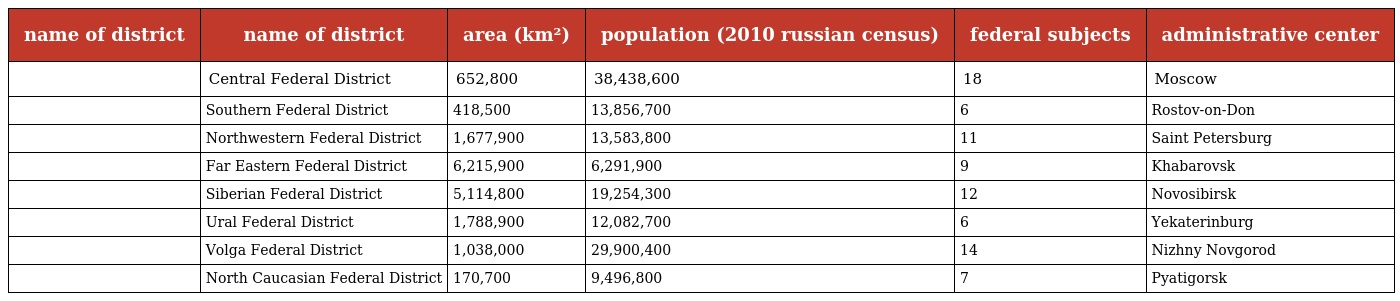
| name of district | name of district | area (km²) | population (2010 russian census) | federal subjects | administrative center |
 | --- | --- | --- | --- | --- | --- |
 |  | Central Federal District | 652,800 | 38,438,600 | 18 | Moscow |
 |  | Southern Federal District | 418,500 | 13,856,700 | 6 | Rostov-on-Don |
 |  | Northwestern Federal District | 1,677,900 | 13,583,800 | 11 | Saint Petersburg |
 |  | Far Eastern Federal District | 6,215,900 | 6,291,900 | 9 | Khabarovsk |
 |  | Siberian Federal District | 5,114,800 | 19,254,300 | 12 | Novosibirsk |
 |  | Ural Federal District | 1,788,900 | 12,082,700 | 6 | Yekaterinburg |
 |  | Volga Federal District | 1,038,000 | 29,900,400 | 14 | Nizhny Novgorod |
 |  | North Caucasian Federal District | 170,700 | 9,496,800 | 7 | Pyatigorsk |